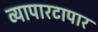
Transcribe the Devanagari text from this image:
व्यापारटापार